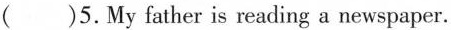
()5. My father is reading a newspaper.